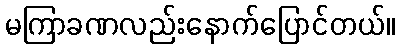
မကြာခဏလည်းနောက်ပြောင်တယ်။